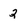
Character: 2